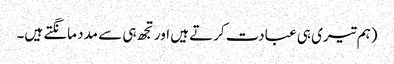
(ہم تیری ہی عبادت کرتے ہیں اور تجھ ہی سے مدد مانگتے ہیں۔